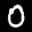
Digit: 0